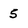
Character: 5